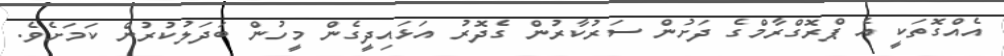
އެއްގޮތަކީ އެ ޕްރޮގްރާމްގެ ދަށުން ސަރުކާރުން ގެދޮރު އަޅައިދީގެން މީހުން ބަދަލުކުރުން ކަމަށެވެ.